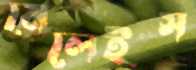
মেলেইস